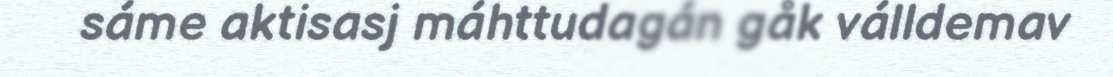
sáme aktisasj máhttudagán gåk válldemav